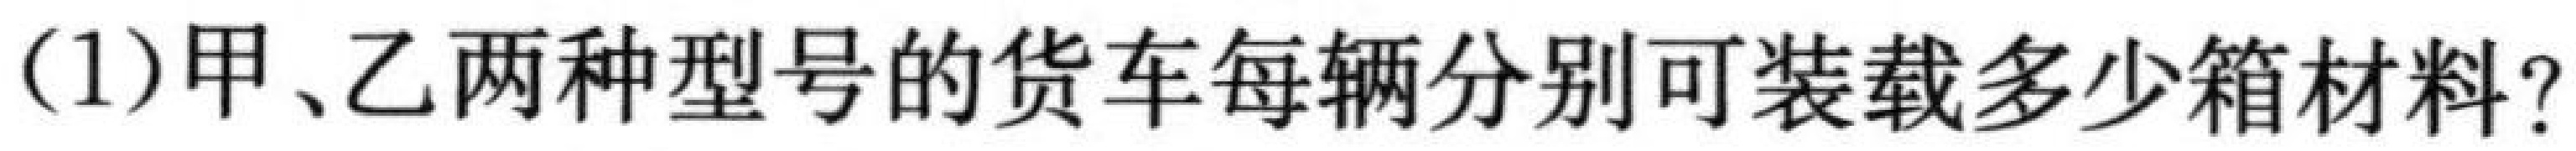
(1)甲、乙两种型号的货车每辆分别可装载多少箱材料？